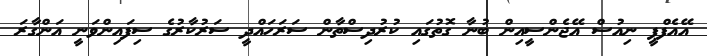
އޭއެފްޕީ ނިއުސް އޭޖެންސީއިން ބުނާ ގޮތުގައި ކުރުދިސްތާން ސަރަހައްދީ ސަރުކާރުގެ ސިފައިންވަނީ އަންގާރަ